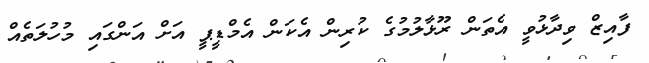
ފާއިޒް ވިދާޅުވީ އެތަން ރޫޅާލުމުގެ ކުރިން އެކަން އެމްޑީޕީ އަށް އަންގައި މުހުލަތެއް